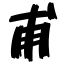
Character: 甫